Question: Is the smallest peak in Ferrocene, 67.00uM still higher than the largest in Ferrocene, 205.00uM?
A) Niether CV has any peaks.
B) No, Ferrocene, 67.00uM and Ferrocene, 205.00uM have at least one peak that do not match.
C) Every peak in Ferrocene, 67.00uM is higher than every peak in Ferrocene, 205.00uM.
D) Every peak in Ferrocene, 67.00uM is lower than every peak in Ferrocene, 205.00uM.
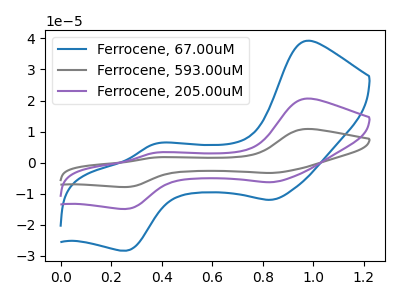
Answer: <think>The blue curve "Ferrocene, 67.00uM" has anodic peaks at (0.95V, 39.25uA) (0.35V, 6.05uA) and cathodic peaks at (0.85V, -11.95uA) (0.25V, -28.30uA). The gray curve "Ferrocene, 593.00uM" has anodic peaks at (0.95V, 41.25uA) (0.35V, 6.35uA) and cathodic peaks at (0.85V, -12.55uA) (0.25V, -29.80uA). The purple curve "Ferrocene, 205.00uM" has anodic peaks at (0.95V, 20.65uA) (0.35V, 3.15uA) and cathodic peaks at (0.85V, -6.30uA) (0.25V, -14.90uA).</think>
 <answer>C) Every peak in "Ferrocene, 67.00uM" is higher than every peak in "Ferrocene, 205.00uM".</answer>
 <eval>C</eval>